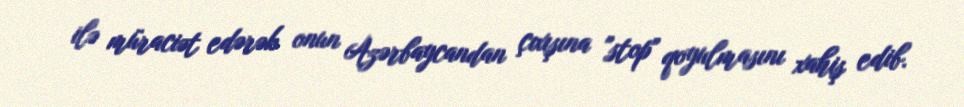
ilə müraciət edərək onun Azərbaycandan çıxışına "stop" qoyulmasını xahiş edib.